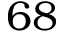
6 8